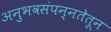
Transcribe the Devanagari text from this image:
अनुभवसंपन्नतेतून